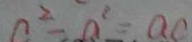
a ^ { 2 } - a ^ { 2 } = a c